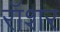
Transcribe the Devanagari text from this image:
रॉशर